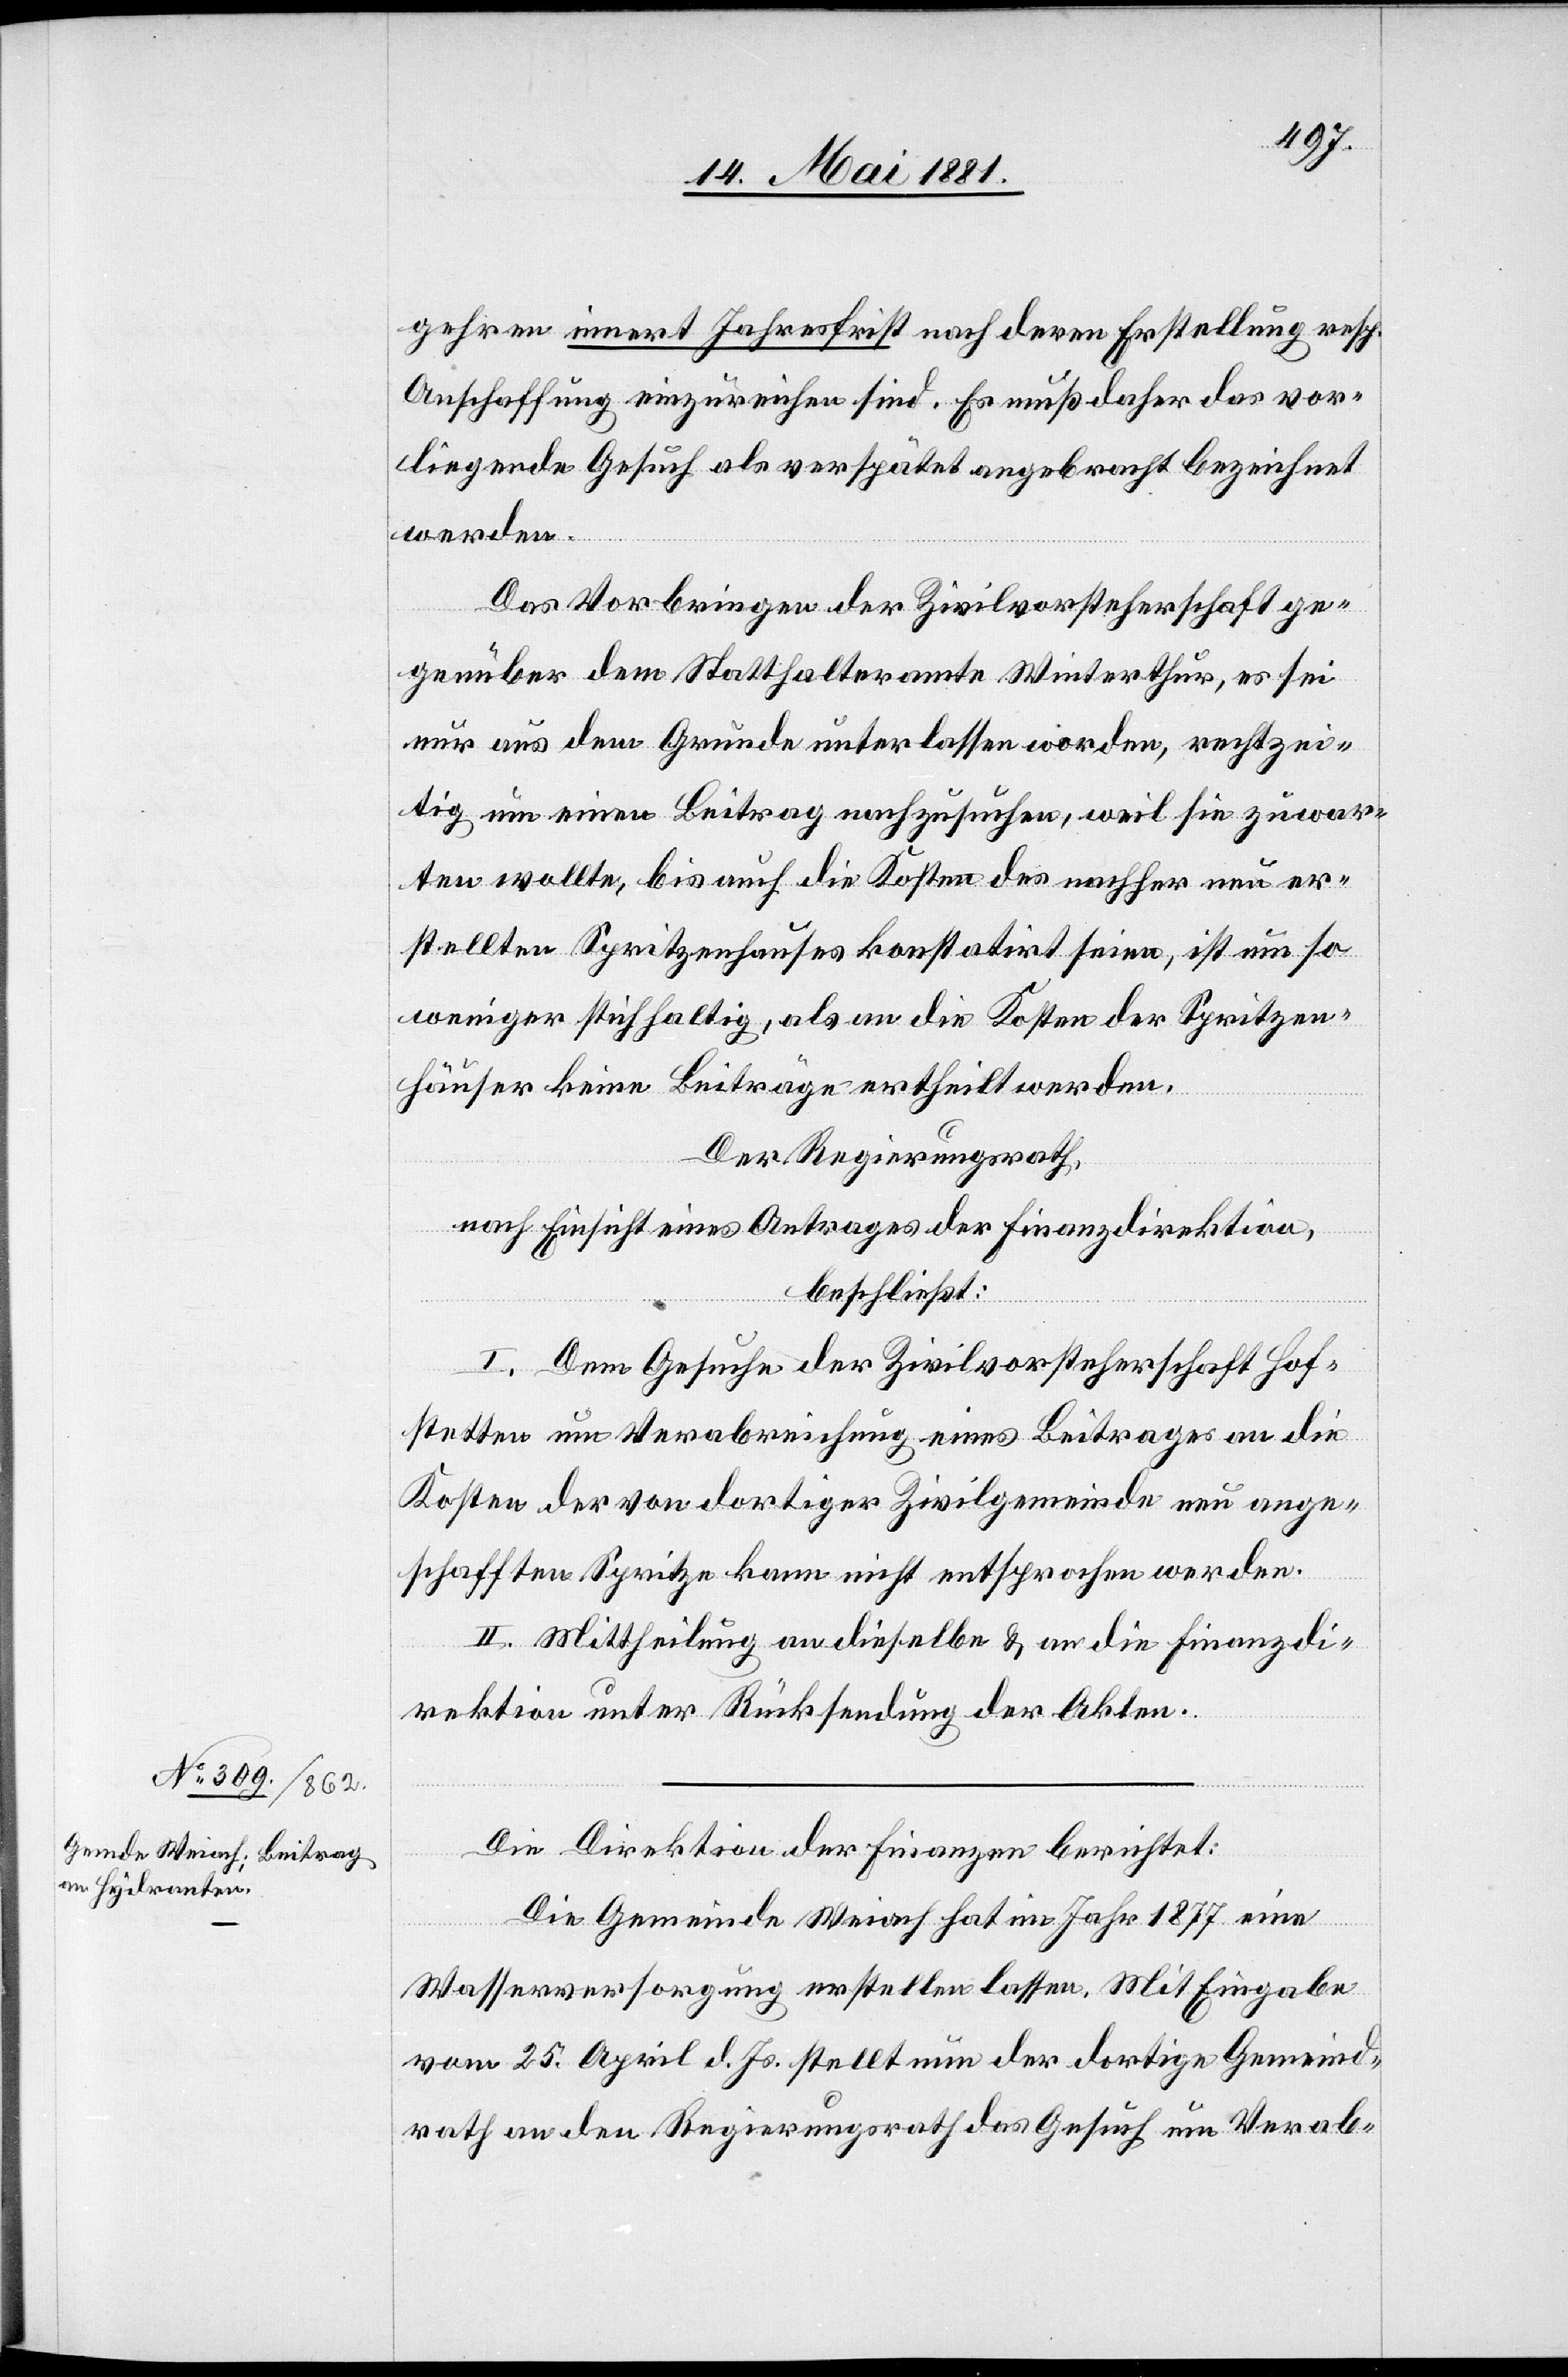
gehren innert Jahresfrist nach deren Erstellung resp.
Anschaffung einzureichen sind. Es muß daher das vor¬
liegende Gesuch als verspätet angebracht bezeichnet
werden.
Das Vorbringen der Zivilvorsteherschaft ge¬
genüber dem Statthalteramte Winterthur, es sei
nur aus dem Grunde unterlassen worden, rechtzei¬
tig um einen Beitrag nachzusuchen, weil sie zuwar¬
ten wollte, bis auch die Kosten des nachher neu er¬
stellten Spritzenhauses konstatirt seien, ist um so
weniger stichhaltig, als an die Kosten der Spritzen¬
häuser keine Beiträge ertheilt werden.
Der Regierungsrath,
nach Einsicht eines Antrages der Finanzdirektion,
beschließt:
I. Dem Gesuche der Zivilvorsteherschaft Hof¬
stetten um Verabreichung eines Beitrages an die
Kosten der von dortiger Zivilgemeinde neu ange¬
schafften Spritze kann nicht entsprochen werden.
II. Mittheilung an dieselbe & an die Finanzdi¬
rektion unter Rücksendung der Akten.
Die Direktion der Finanzen berichtet:
Die Gemeinde Weiach hat im Jahr 1877 eine
Wasserversorgung erstellen lassen. Mit Eingabe
vom 25. April d. Js. stellt nun der dortige Gemeind¬
rath an den Regierungsrath das Gesuch um Verab-